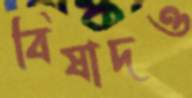
বিষাদও